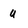
Character: u